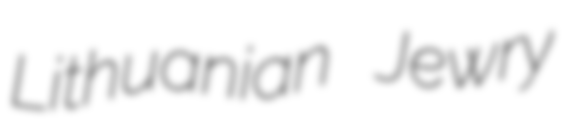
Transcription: Lithuanian Jewry